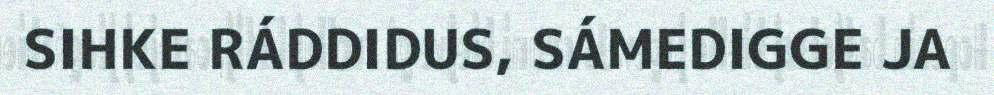
SIHKE RÁDDIDUS, SÁMEDIGGE JA